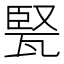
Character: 𤭠